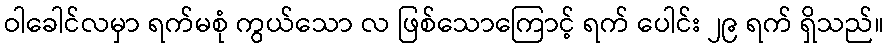
ဝါခေါင်လမှာ ရက်မစုံ ကွယ်သော လ ဖြစ်သောကြောင့် ရက် ပေါင်း ၂၉ ရက် ရှိသည်။